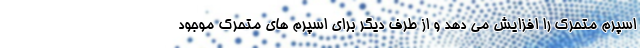
اسپرم متحرک را افزایش می دهد و از طرف دیگر برای اسپرم های متحرک موجود